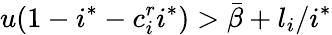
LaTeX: u(1-i^{*}-c_{i}^{r}i^{*})>\bar{\beta}+l_{i}/{i^{*}}